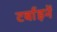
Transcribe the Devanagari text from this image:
टर्बाइनें